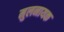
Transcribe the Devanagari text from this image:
मुलनायक